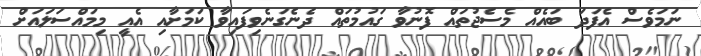
ނަމަވެސް އެފަދަ ބައެއް މެސެޖުތައް ފޮނުވާ ގައުމުތައް ދެނެގަނެވިފައިވާ ކަމަށާއި އެއީ މިމައްސަލައަށް